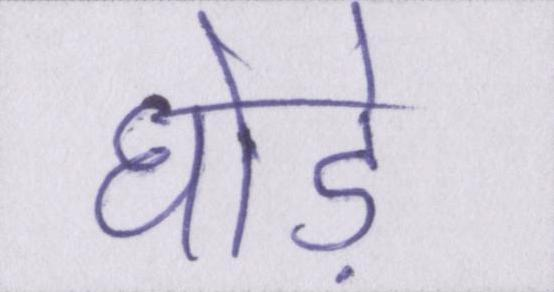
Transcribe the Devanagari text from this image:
घोड़े